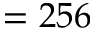
= 2 5 6